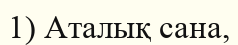
1) Аталық сана,